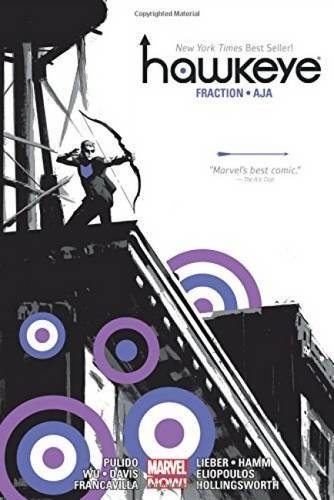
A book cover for Hawkeye by Matt Fraction & David Aja Omnibus; Matt Fraction; Comics & Graphic Novels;